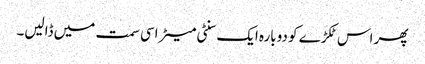
پھر اس ٹکڑے کو دوبارہ ایک سنٹی میٹر اسی سمت میں ڈالیں۔